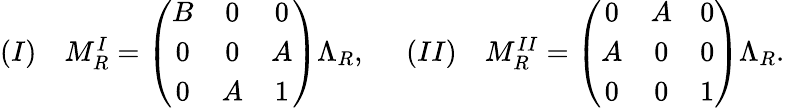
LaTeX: \begin{array}{llll}{{(I)}}&{{M_{R}^{I}=\left(\begin{array}{ccc}{{B}}&{{0}}&{{0}}\\ {{0}}&{{0}}&{{A}}\\ {{0}}&{{A}}&{{1}}\end{array}\right)\Lambda_{R},\; \; }}&{{(II)}}&{{M_{R}^{II}=\left(\begin{array}{ccc}{{0}}&{{A}}&{{0}}\\ {{A}}&{{0}}&{{0}}\\ {{0}}&{{0}}&{{1}}\end{array}\right)\Lambda_{R}.}}\end{array}